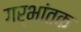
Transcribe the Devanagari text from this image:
गर्भांतक